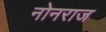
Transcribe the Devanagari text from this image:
नोनराज